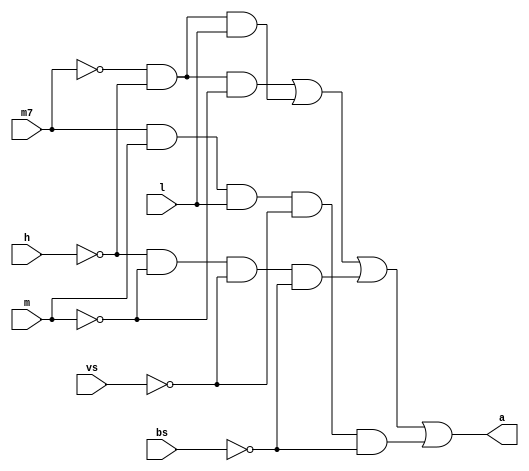
/*Autores: Edgar Rodrigo, Jimy Cerqueira, Rian Silva
Componente Curricular: TEC498 - MI Projetos de Circuitos Digitais
Concluido em: 10/05/2024
Declaro que este cdigo foi elaborado por mim de forma individual e no contm nenhum
trecho de cdigo de outro colega ou de outro autor, tais como provindos de livros e
apostilas, e pginas ou documentos eletrnicos da Internet. Qualquer trecho de cdigo
de outra autoria que no a minha est destacado com uma citao para o autor e a fonte
do cdigo, e estou ciente que estes trechos no sero considerados para fins de avaliao.*/
module seg_a(m7, h, m, l, vs, bs, a);
	input m7, h, m, l, vs, bs;
	output a;
	 
	wire not_m7, not_h, not_m, not_vs, not_bs, and_1, and_2, and_4;
	
	// Declarando as portas not
	not not1 (not_m7, m7);
	not not2 (not_h, h);
	not not3 (not_m, m);
	not not4 (not_vs, vs);
	not not5 (not_bs, bs);
	
	// Declarando as portas and
	and and1 (and_1, not_m7, not_h, not_m);
	and and2 (and_2, not_m7, not_h, l);
	and and3 (and_3, not_h, not_m, not_vs, not_bs);
	and and4 (and_4, m7, m, l, not_vs, not_bs);
	
	// Declarando a porta or para a sada a
	or or1 (a, and_1, and_2, and_3, and_4);
	
endmodule